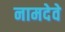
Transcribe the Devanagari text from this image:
नामदेवे